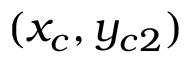
( x _ { c } , y _ { c 2 } )